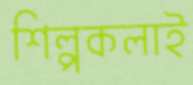
শিল্পকলাই